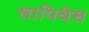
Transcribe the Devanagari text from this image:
लापिथेस